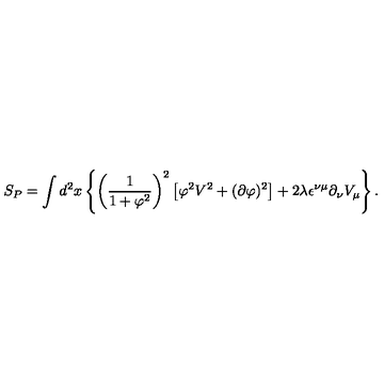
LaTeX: S _ { P } = \int d ^ { 2 } x \left\{ \left( \frac { 1 } { 1 + \varphi ^ { 2 } } \right) ^ { 2 } \left[ \varphi ^ { 2 } V ^ { 2 } + ( \partial \varphi ) ^ { 2 } \right] + 2 \lambda \epsilon ^ { \nu \mu } \partial _ { \nu } V _ { \mu } \right\} .